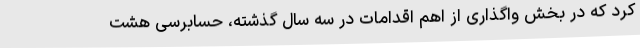
کرد که در بخش واگذاری از اهم اقدامات در سه سال گذشته، حسابرسی هشت